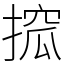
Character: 搲